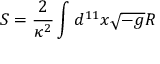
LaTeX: S = \frac { 2 } { \kappa ^ { 2 } } \int d ^ { 1 1 } x \sqrt { - g } R